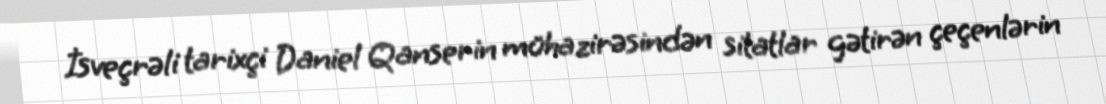
İsveçrəli tarixçi Daniel Qanserin mühazirəsindən sitatlar gətirən çeçenlərin